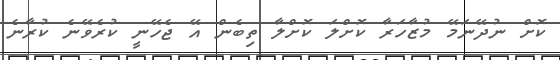
ކޮށް ނުދޭނަމޭ މުޒާހަރާ ކޮށްލަ ކޮށްލާ ތިބެން އޭ ޖެހޭނީ ކުރެވޭނެ ކުރާނެ